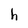
Character: h